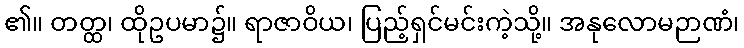
၏။ တတ္ထ၊ ထိုဥပမာ၌။ ရာဇာဝိယ၊ ပြည့်ရှင်မင်းကဲ့သို့။ အနုလောမဉာဏံ၊